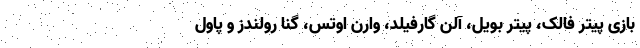
بازی پیتر فالک، پیتر بویل، آلن گارفیلد، وارن اوتس، گنا رولندز و پاول